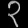
Digit: ၃